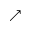
\nearrow